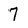
Character: 7